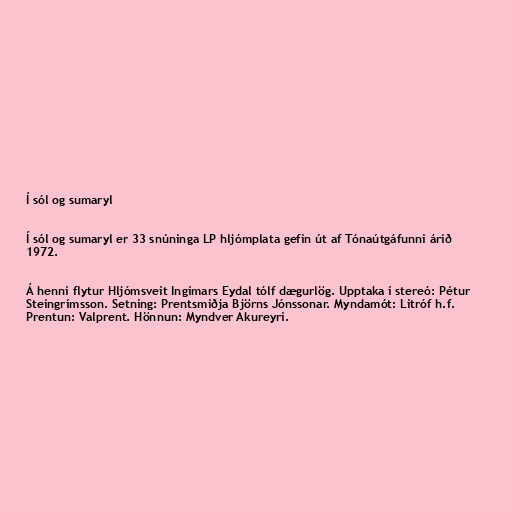
Í sól og sumaryl

Í sól og sumaryl er 33 snúninga LP hljómplata gefin út af Tónaútgáfunni árið
1972.

Á henni flytur Hljómsveit Ingimars Eydal tólf dægurlög. Upptaka í stereó: Pétur
Steingrímsson. Setning: Prentsmiðja Björns Jónssonar. Myndamót: Litróf h.f.
Prentun: Valprent. Hönnun: Myndver Akureyri.